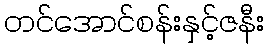
တင်အောင်စန်းနှင့်ဇနီး